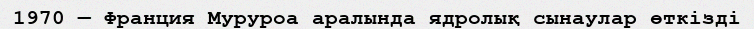
1970 — Франция Муруроа аралында ядролық сынаулар өткізді